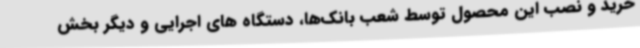
خرید و نصب این محصول توسط شعب بانک‌ها، دستگاه های اجرایی و دیگر بخش